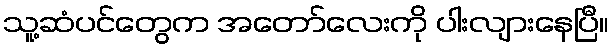
သူ့ဆံပင်တွေက အတော်လေးကို ပါးလျားနေပြီ။